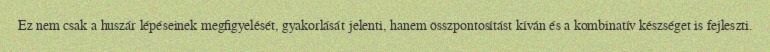
Ez nem csak a huszár lépéseinek megfigyelését, gyakorlását jelenti, hanem összpontosítást kíván és a kombinatív készséget is fejleszti.